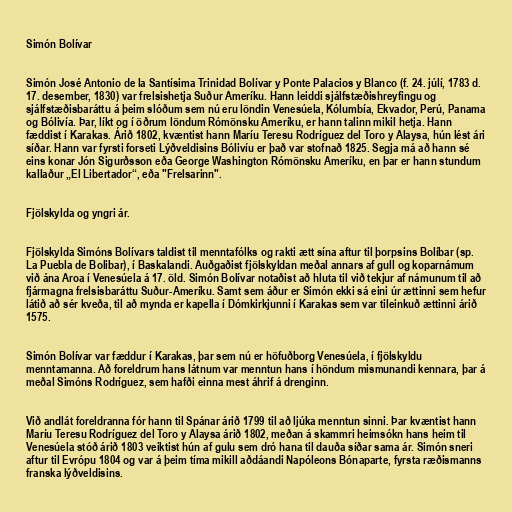
Simón Bolívar

Simón José Antonio de la Santísima Trinidad Bolívar y Ponte Palacios y Blanco (f. 24. júlí, 1783 d.
17. desember, 1830) var frelsishetja Suður Ameríku. Hann leiddi sjálfstæðishreyfingu og
sjálfstæðisbaráttu á þeim slóðum sem nú eru löndin Venesúela, Kólumbía, Ekvador, Perú, Panama
og Bólivía. Þar, líkt og í öðrum löndum Rómönsku Ameríku, er hann talinn mikil hetja. Hann
fæddist í Karakas. Árið 1802, kvæntist hann Maríu Teresu Rodríguez del Toro y Alaysa, hún lést ári
síðar. Hann var fyrsti forseti Lýðveldisins Bólivíu er það var stofnað 1825. Segja má að hann sé
eins konar Jón Sigurðsson eða George Washington Rómönsku Ameríku, en þar er hann stundum
kallaður „El Libertador“, eða "Frelsarinn".

Fjölskylda og yngri ár.

Fjölskylda Simóns Bolívars taldist til menntafólks og rakti ætt sína aftur til þorpsins Bolíbar (sp.
La Puebla de Bolibar), í Baskalandi. Auðgaðist fjölskyldan meðal annars af gull og koparnámum
við ána Aroa í Venesúela á 17. öld. Simón Bolívar notaðist að hluta til við tekjur af námunum til að
fjármagna frelsisbaráttu Suður-Ameríku. Samt sem áður er Simón ekki sá eini úr ættinni sem hefur
látið að sér kveða, til að mynda er kapella í Dómkirkjunni í Karakas sem var tileinkuð ættinni árið
1575.

Simón Bolívar var fæddur í Karakas, þar sem nú er höfuðborg Venesúela, í fjölskyldu
menntamanna. Að foreldrum hans látnum var menntun hans í höndum mismunandi kennara, þar á
meðal Simóns Rodríguez, sem hafði einna mest áhrif á drenginn.

Við andlát foreldranna fór hann til Spánar árið 1799 til að ljúka menntun sinni. Þar kvæntist hann
Maríu Teresu Rodríguez del Toro y Alaysa árið 1802, meðan á skammri heimsókn hans heim til
Venesúela stóð árið 1803 veiktist hún af gulu sem dró hana til dauða síðar sama ár. Simón sneri
aftur til Evrópu 1804 og var á þeim tíma mikill aðdáandi Napóleons Bónaparte, fyrsta ræðismanns
franska lýðveldisins.